Punjab Mental Hospital Lahore 1922-31 - 1922-1931
Year: 1922
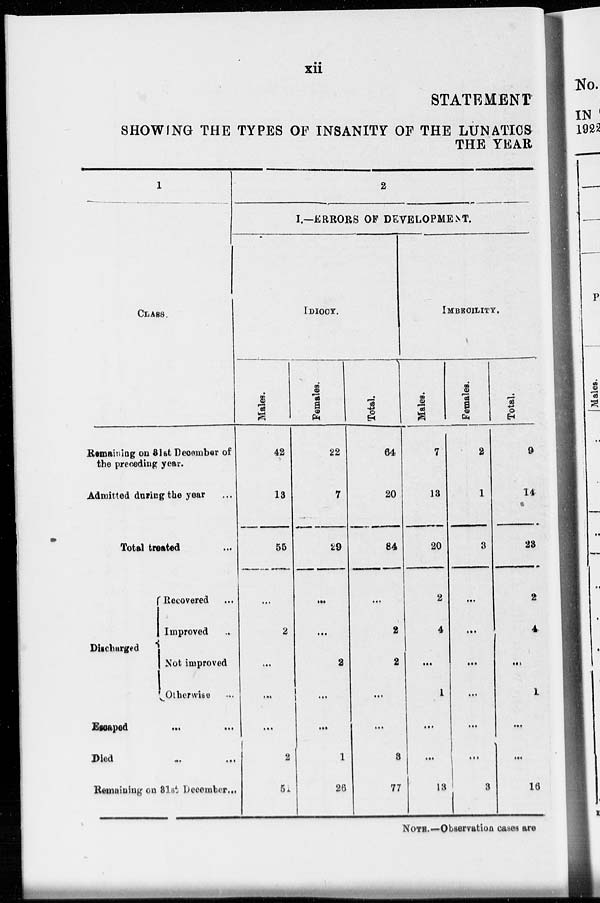
xii
STATEMENT
SHOWING THE TYPES OF INSANITY OF THE LUNATICS
THE YEAR
1
CLASS.
Remaining on 31 st December of
the preceding year.
Admitted during the year ...
Total treated ...
Discharged
Recovered ...
Improved ...
Not improved ...
Otherwise ...
Escaped ... ...
Died ... ...
Remaining on 31st December...
2
I.—ERRORS OF DEVELOPMENT.
IDIOCY.
Males.
42
13
55
...
2
...
...
...
2
51
Females.
22
7
29
...
...
2
...
...
1
26
Total.
64
20
84
...
2
2
...
...
3
77
IMBECILITY.
Males.
7
13
20
2
4
...
1
...
...
13
Females.
2
1
3
...
...
...
...
...
...
3
Total.
9
14
23
2
4
...
1
...
...
16
NOTE.—Observation cases are